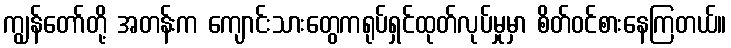
ကျွန်တော်တို့ အတန်းက ကျောင်းသားတွေကရုပ်ရှင်ထုတ်လုပ်မှုမှာ စိတ်ဝင်စားနေကြတယ်။